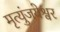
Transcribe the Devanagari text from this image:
मृत्युंजयेश्वर